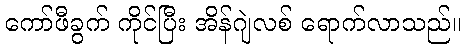
ကော်ဖီခွက် ကိုင်ပြီး အိန်ဂျဲလစ် ရောက်လာသည်။